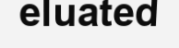
eluated